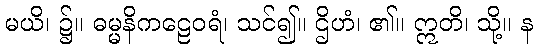
မယိ၊ ၌။ ဓမ္မနိကဠေဝရံ၊ သင်၍။ ဌိဟံ၊ ၏။ ဣတိ၊ သို့။ န